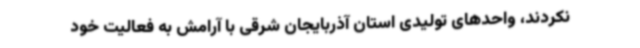
نکردند، واحدهای تولیدی استان آذربایجان شرقی با آرامش به فعالیت خود